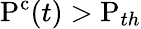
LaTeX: \mathrm{P^{c}}(t)>\mathrm{P}_{th}